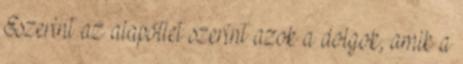
Eszerint az alapötlet szerint azok a dolgok, amik a